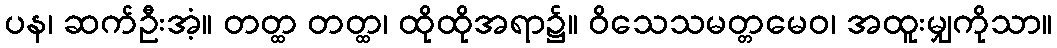
ပန၊ ဆက်ဦးအံ့။ တတ္ထ တတ္ထ၊ ထိုထိုအရာ၌။ ဝိသေသမတ္တမေဝ၊ အထူးမျှကိုသာ။